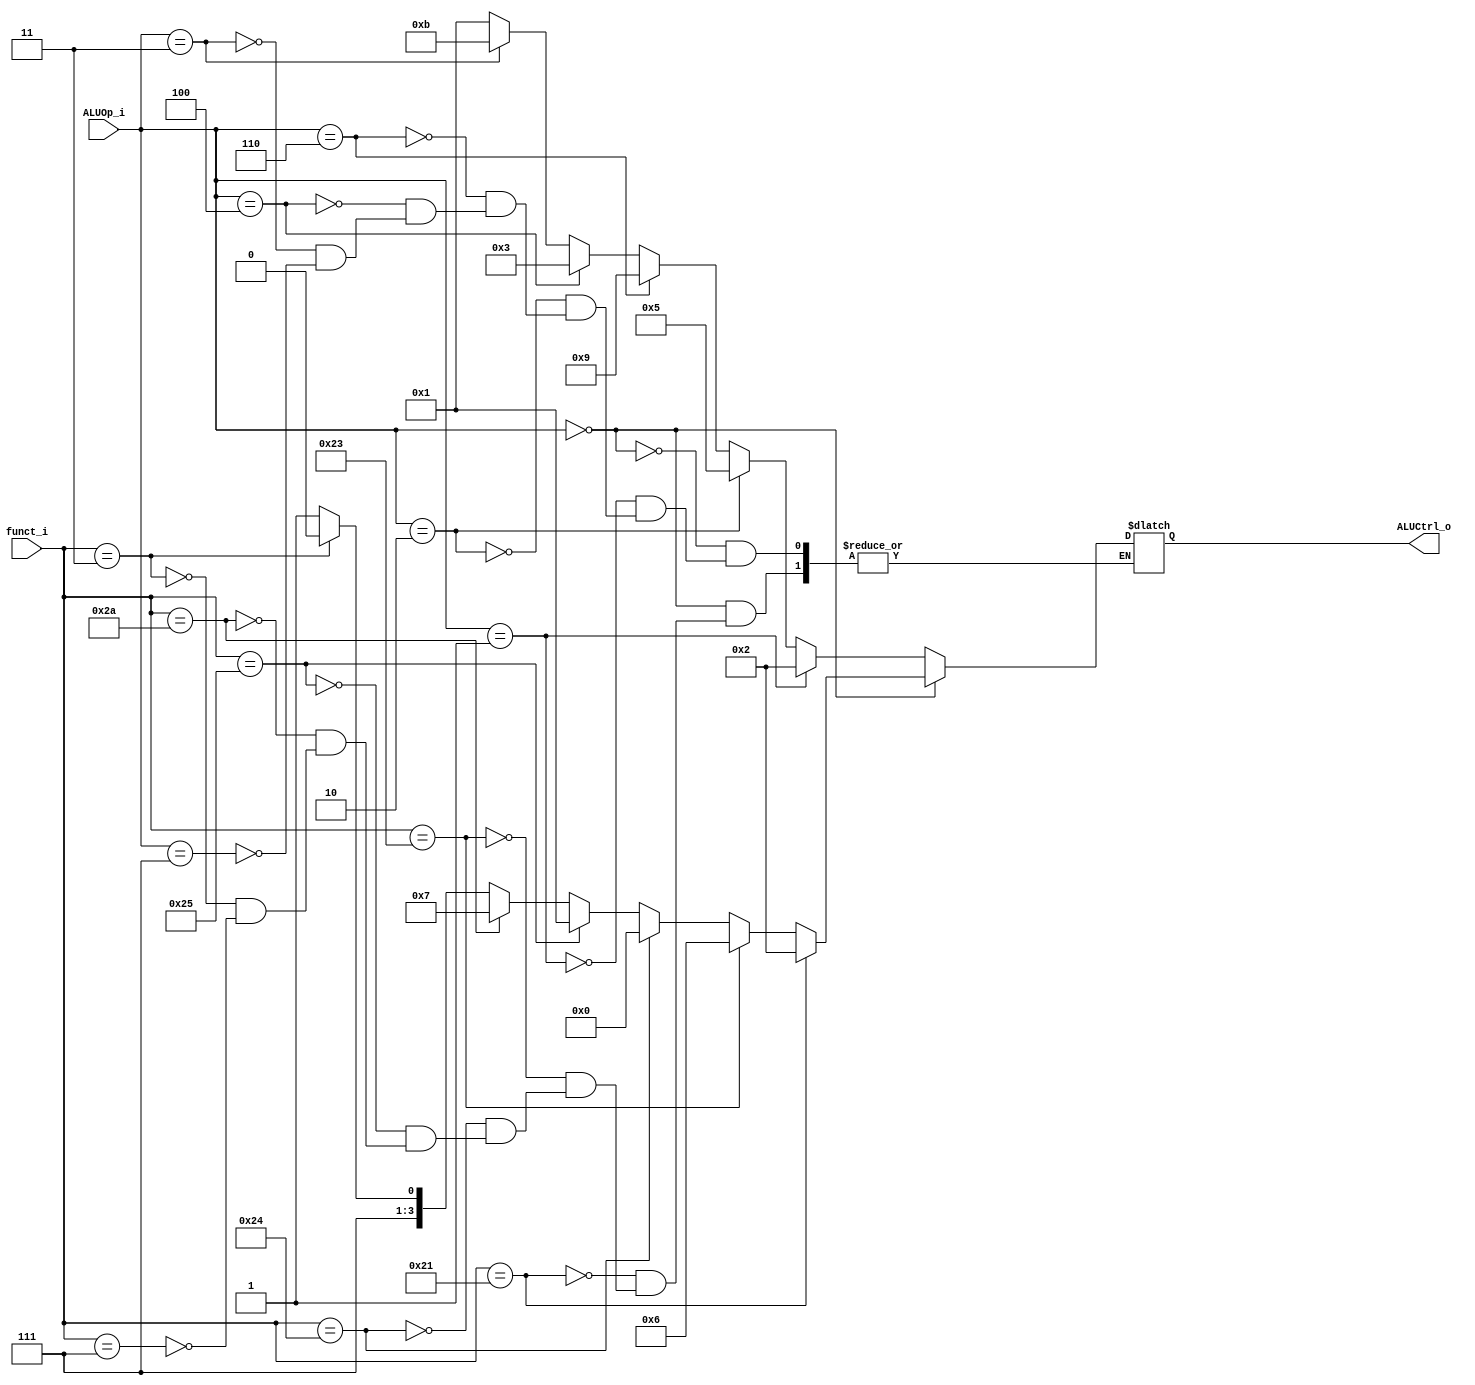

module ALU_Ctrl(
        funct_i,
        ALUOp_i,
        ALUCtrl_o,
        );

//I/O ports
input      [6-1:0] funct_i; //function code
input      [3-1:0] ALUOp_i; // aluop
output     [4-1:0] ALUCtrl_o; // 4 bit alu_controi to alu

//Internal Signals
reg        [4-1:0] ALUCtrl_o;

//Select exact operation

always @( * ) begin
	if(ALUOp_i==3'b000)begin
		if(funct_i==6'b100001)begin //addu 		// ok
			ALUCtrl_o <= 4'b0010; //ADD
		end
		else if(funct_i==6'b100011)begin //subu
			ALUCtrl_o <= 4'b0110; //SUB
		end
		else if(funct_i==6'b100100)begin //and
			ALUCtrl_o <= 4'b0000; //AND
		end
		else if(funct_i==6'b100101)begin //or
			ALUCtrl_o <= 4'b0001; //OR
		end
		else if(funct_i==6'b101010)begin //slt
			ALUCtrl_o <= 4'b0111; //SLT		
		end
		else if(funct_i==6'b000011)begin //sra 		// ok
			ALUCtrl_o <= 4'b1110;		
		end	
		else if(funct_i==6'b000111)begin //srav 	// ok
			ALUCtrl_o <= 4'b1111;		
		end
	end	
	else if(ALUOp_i==3'b001)begin //addi
		ALUCtrl_o <= 4'b0010; //ADD
	end
	else if(ALUOp_i==3'b010)begin
		ALUCtrl_o <= 4'b0101; //sltiu
	end
	else if(ALUOp_i==3'b110)begin
		ALUCtrl_o <= 4'b1001; //bne
	end
	else if(ALUOp_i==3'b100)begin
		ALUCtrl_o <= 4'b0011; //beq
	end
	else if(ALUOp_i==3'b011)begin
		ALUCtrl_o <= 4'b1011; //LUI		//ok
	end
	else if(ALUOp_i==3'b111)begin
		ALUCtrl_o <= 4'b0001; //ori		//ok
	end
end


endmodule